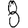
Digit: 8